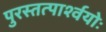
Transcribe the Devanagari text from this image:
पुरस्तत्पार्श्वयोः